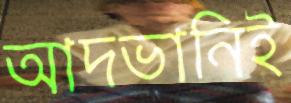
আদভানিই